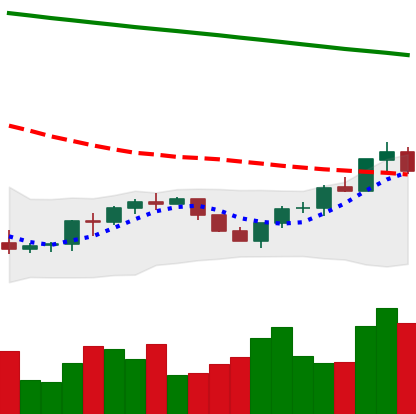
Ticker: BNB-USD
Chart end date: 2022-07-20
Forward return: -5.106%
Label: down_5_7